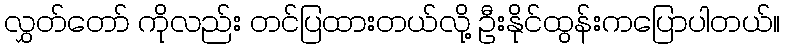
လွှတ်တော် ကိုလည်း တင်ပြထားတယ်လို့ ဦးနိုင်ထွန်းကပြောပါတယ်။